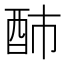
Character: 䣪